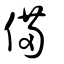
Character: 俻